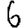
Digit: 6